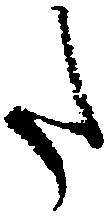
た